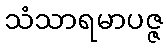
သံသာရမာပဇ္ဇ